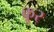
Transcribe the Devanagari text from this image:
क्रूर्